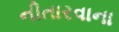
નીતારવાના